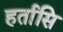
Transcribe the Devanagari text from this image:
हर्तासि